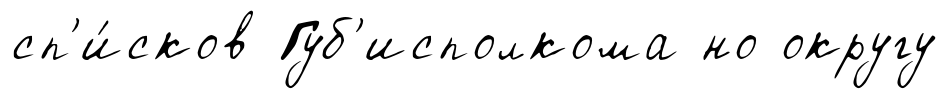
сп'и́сков Губ'исполкома но округу